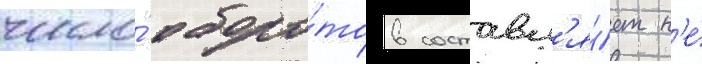
число́ оборо́тов составл'я́ет н'е́